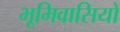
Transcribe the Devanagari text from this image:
भूमिवासियों